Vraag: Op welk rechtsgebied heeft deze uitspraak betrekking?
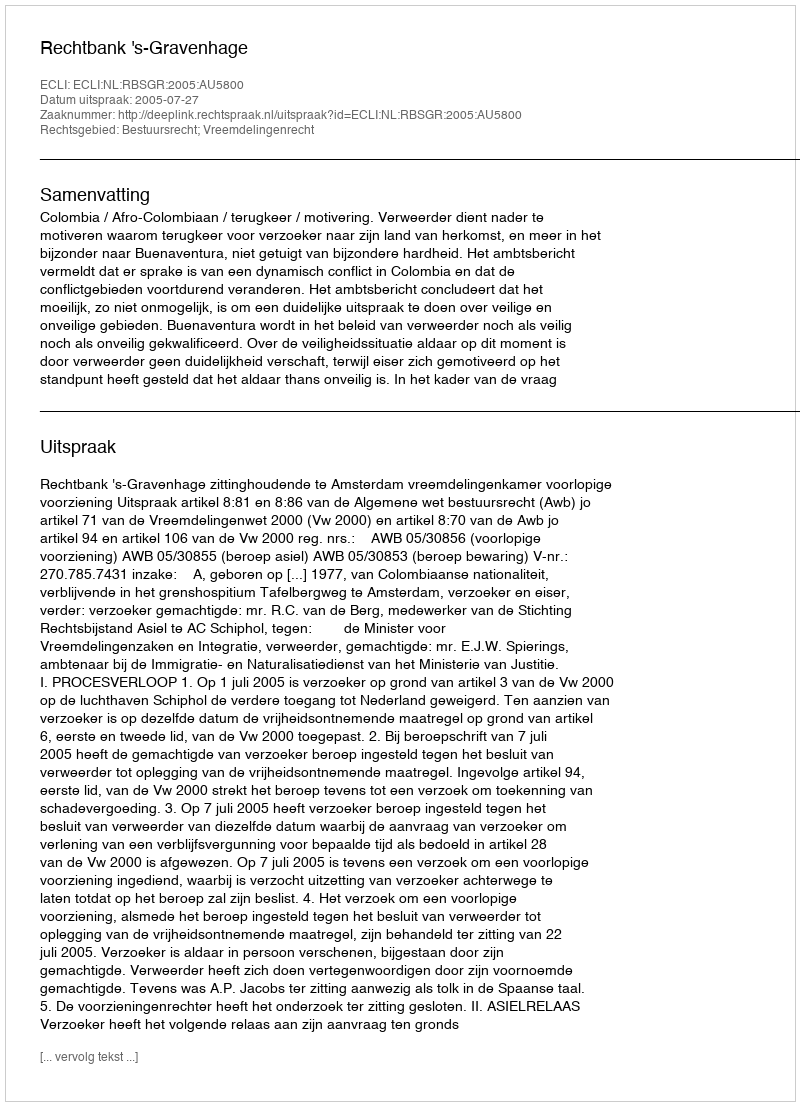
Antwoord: Bestuursrecht; Vreemdelingenrecht